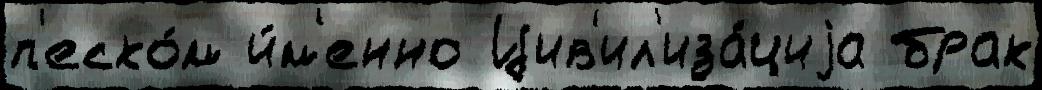
п'еско́м и́м'енно Цив'ил'иза́циjа брак